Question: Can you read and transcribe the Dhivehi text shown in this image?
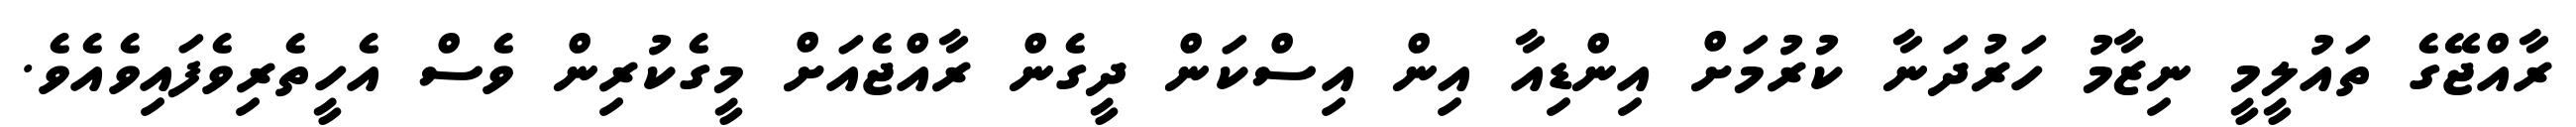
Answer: ރާއްޖޭގެ ތައުލީމީ ނިޒާމު ހަރުދަނާ ކުރުމަށް އިންޑިއާ އިން އިސްކަން ދީގެން ރާއްޖެއަށް މީގެކުރިން ވެސް އެހީތެރިވެފައިވެއެވެ.